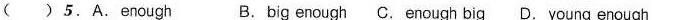
( ) 5.A.Enough B.big enough C. Enough big D. Young enough